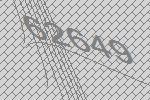
62649